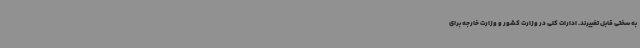
به سختی قابل تغییرند. ادارات کلی در وزارت کشور و وزارت خارجه برای